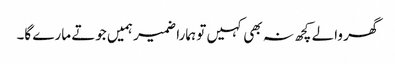
گھر والے کچھ نہ بھی کہیں تو ہمارا ضمیر ہمیں جوتے مارے گا۔